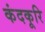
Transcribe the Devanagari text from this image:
कंदकूरि